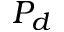
P _ { d }